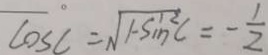
\cos C = \sqrt { 1 - \sin ^ { 2 } C } = - \frac { 1 } { 2 }